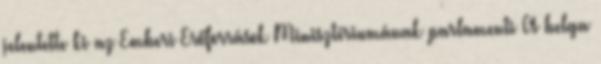
jelentette ki az Emberi Erőforrások Minisztériumának parlamenti A belga